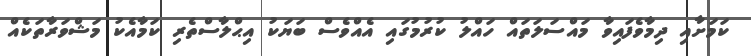
ކަމަށާއި ދިމާވެފައިވާ މައްސަލަތައް ހައްލު ކުރުމުގައި އެއްވެސް ބަޔަކު އިޙްލާސްތެރި ކަމާއެކު މަޝްވަރާތަކެއް